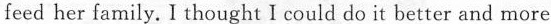
feed her family. I thought I could do it better and more